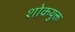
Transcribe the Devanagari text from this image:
शोकयुक्त